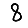
Digit: 8